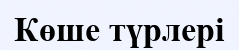
Көше түрлері